Civil Veterinary Department. Central Provinces & Berar 1932-41 - 1932-1941
Year: 1932
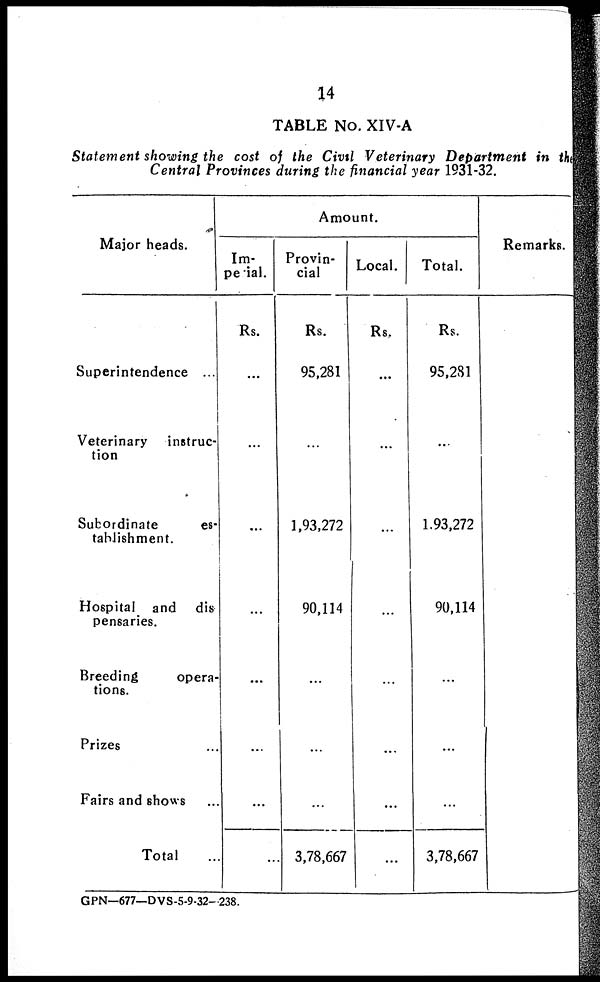
14
TABLE No. XIV-A
Statement showing the cost of the Civil Veterinary Department in the
Central Provinces during the financial year 1931-32.
Major heads.
Superintendence ...
Veterinary instruc-
tion
Subordinate
es-
tablishment.
Hospital and dis
pensaries.
Breeding
opera-
tions.
Prizes ...
Fairs and shows ...
Total ...
Amount.
Im¬
perial.
Rs.
...
...
...
...
...
...
...
...
Provin-
cial
Rs.
95,281
...
1,93,272
90,114
...
...
...
3,78,667
Local.
Rs.
...
...
...
...
...
...
...
...
Total.
Rs.
95,281
...
1.93,272
90,114
...
...
...
3,78,667
Remarks.
GPN—677—DVS-5-9-32-238.